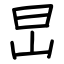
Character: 旵